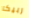
ربيكا